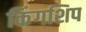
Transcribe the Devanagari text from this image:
किंगशिप